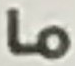
ما